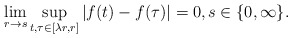
\begin{align*}\lim_{r\to s}\sup_{t,\tau\in[\lambda r,r]}|f(t)-f(\tau)|=0,s\in\{0,\infty\}.\end{align*}